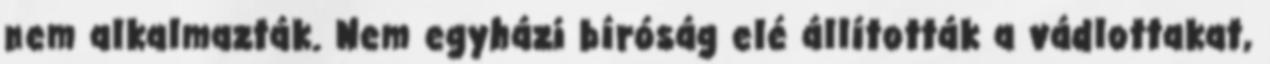
nem alkalmazták. Nem egyházi bíróság elé állították a vádlottakat,